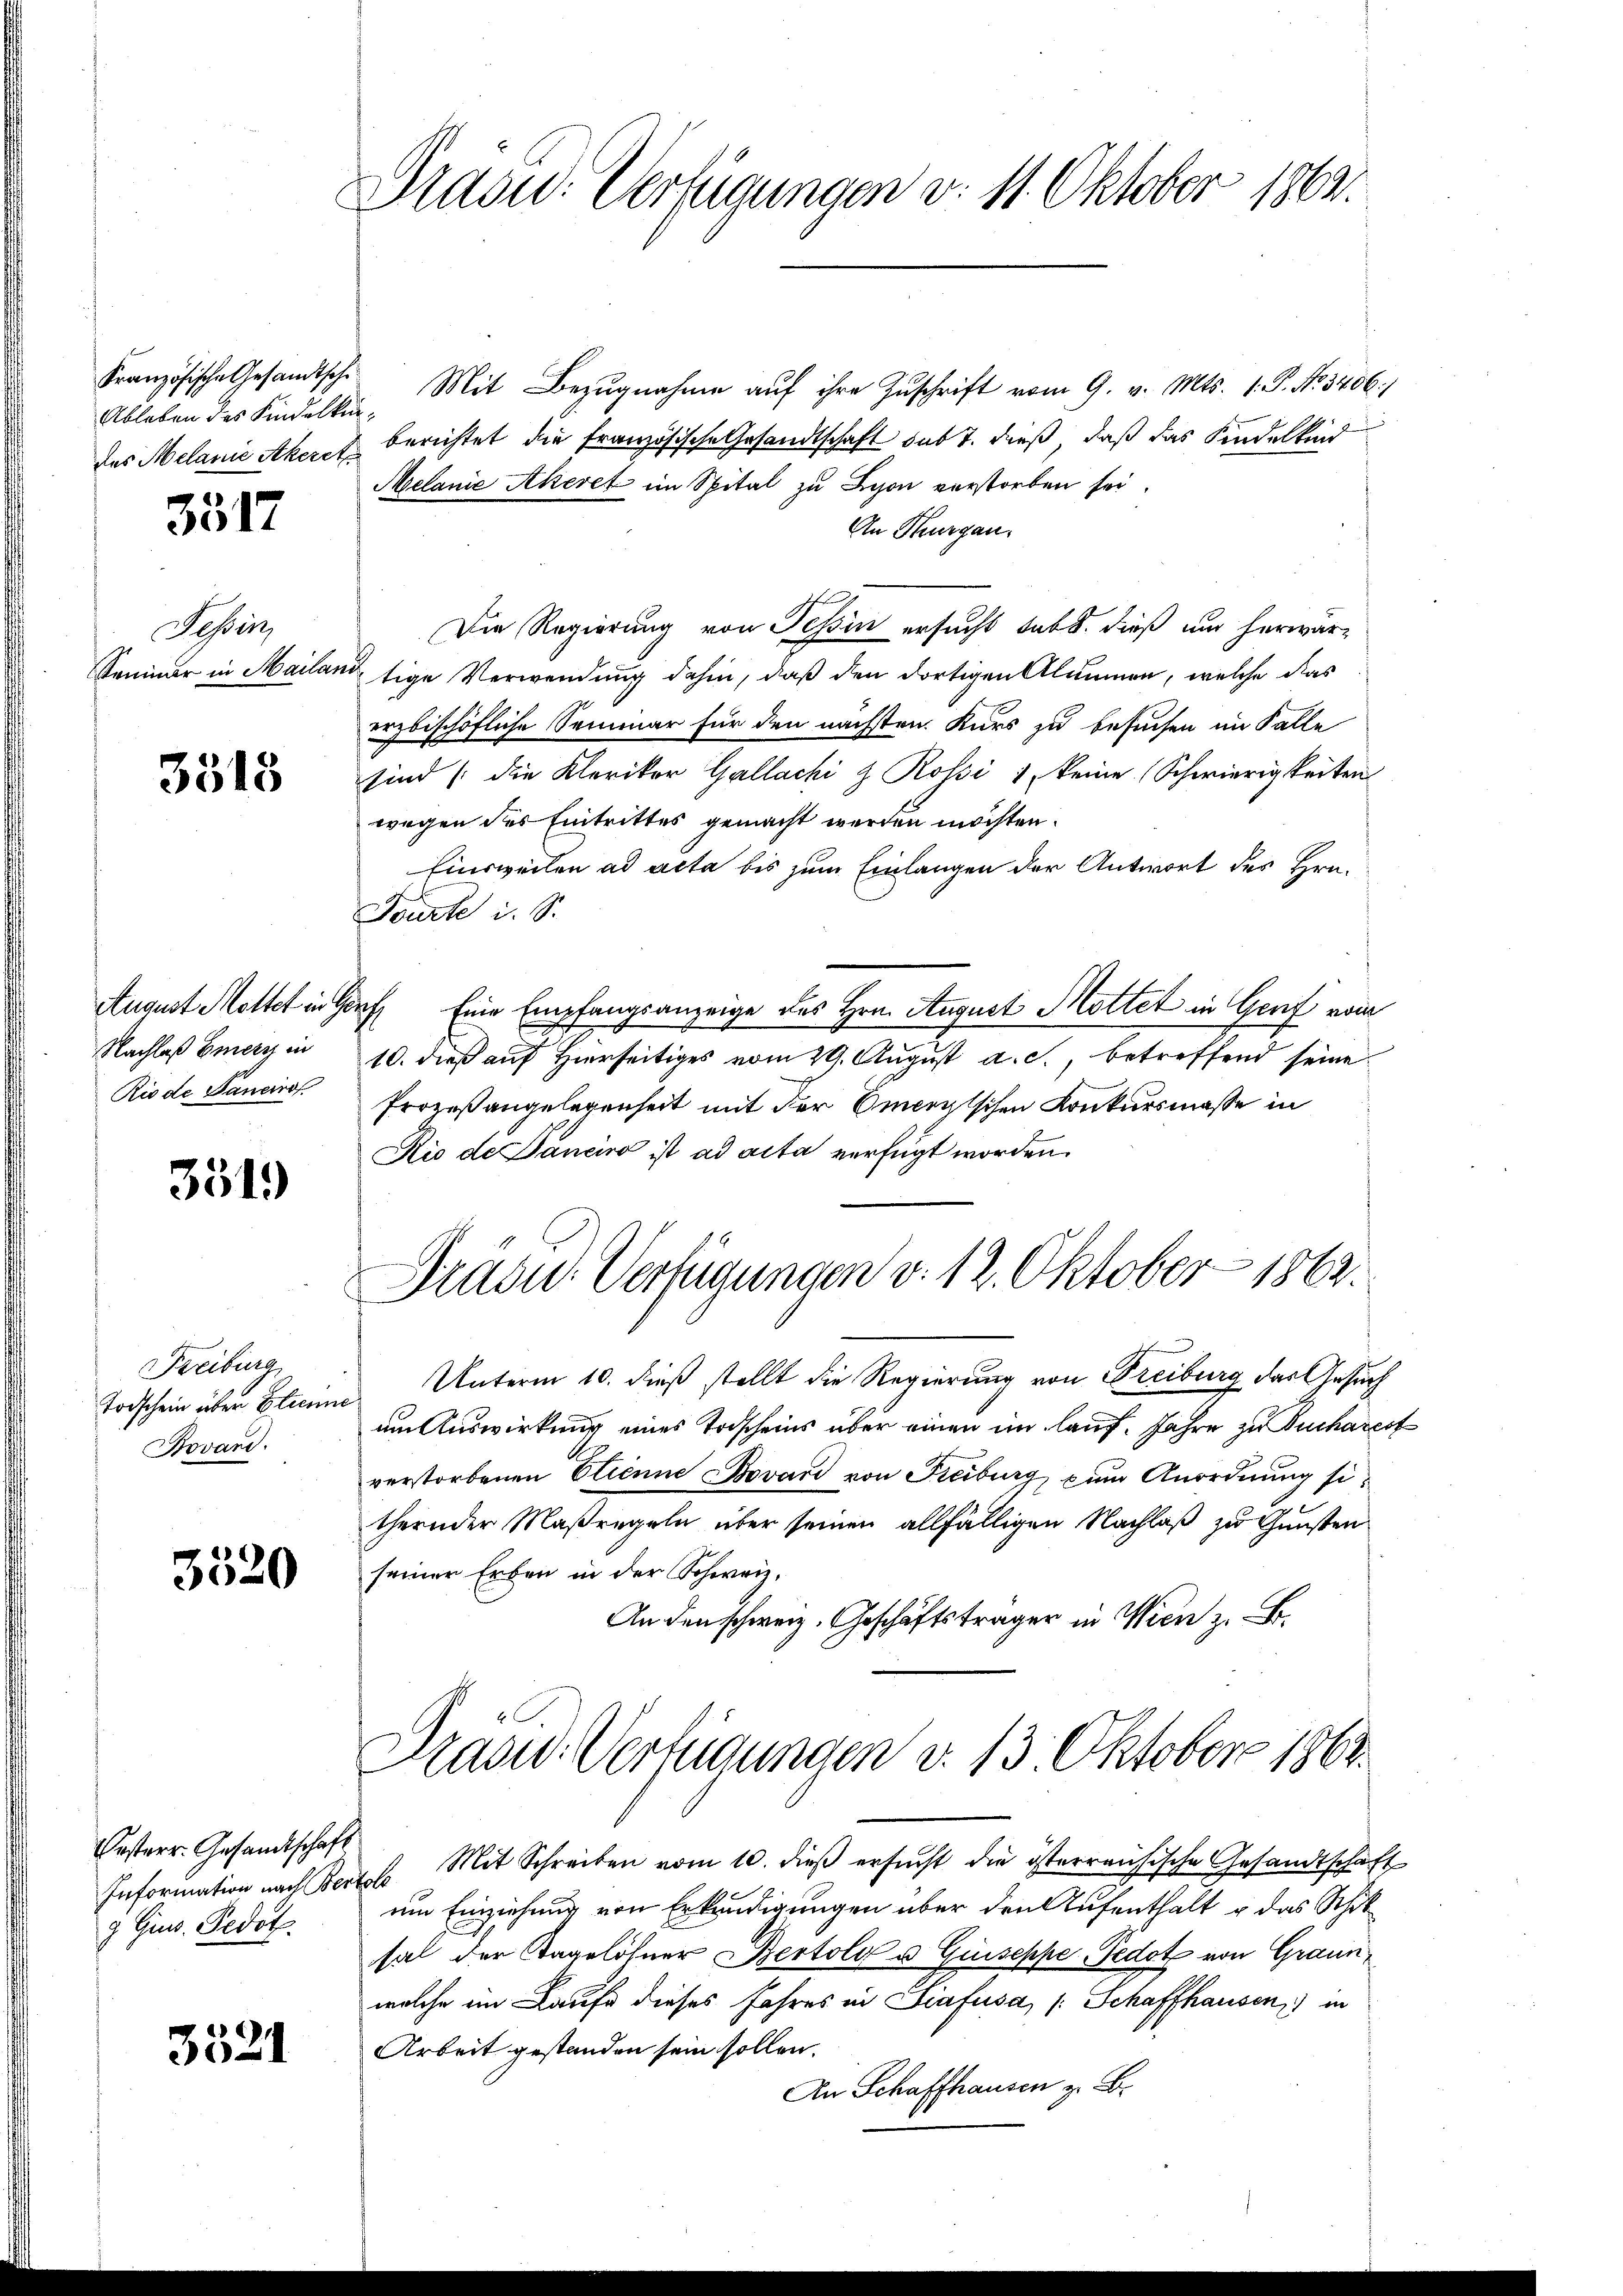
Ableben des Kindelkin¬
Tessin,

3517

3515

Nachlaß Emerz in
Rio de Janeiro

3519)

Freiburg
Todschein über Elienis
Bovand.

3520

Oesterr. Gesandtschaft
g Gius. Fedot

3521

Prasid. Verfügungen v. 11. Oktober 1863.

Französische Gesandtsche Mit Bezŭgnahme aŭf ihre Zŭschrift vom 9. v. Mts. 1. P. Nr. 3406.
des Melanie Akeret berichtet die französische Gesandtschaft sub T. dieß, daß das Kindelkind
Melanie Akeret im Spital zu Lyon verstorben sei.
An Thurgau.
Die Regierung von Tessin ersucht habt. dieß und herwär¬
Sammer in Mailand, tige Verwendung dahin, daß den dortigen Alumnen, welche das
erzbischöfliche Seminar für den nächsten. Kurs zu besuchen im Falle
sind (die Klerikor Gallachi z Rossi 1, keine (Schwierigkeiten
wegen des Eintrittes gemacht werden möchten.
Einsweilen ad acta bis zum Einlangen der Antwort des Hrn.
Fourt i. S.
August Mottet in Genf Eine Empfangsanzeige des Hrn. August Hottet in Genf vom
A
10. dieß auf Hierseitiges vom 29. August a. c., betreffend seine
Prozeßangelegenheit mit der Omerischen Konkursmasse in
Rio de aneiro ist ad acta verfügt worden.
Präsid. Verfügungen v. 12. Oktober 1863.
Unterm 10. dieß stellt die Regierung von Freiburg das Gesuch
am Auswirkung eines Todscheins über einen im lauf. Jahre zu Puchare
verstorbenen Etienne ovard von Freiburg, zum Anordnung sethernder Maßregeln über seinen allfälligen Nachlaß zu Gunsten
seiner Erben in der Schweiz.
An den schweiz. Geschäftsträger in Wien z. B.
Prasid. Verfügungen v. 13. Oktober 1864.
Information nach Bertob Mit Schreiben vom 10. dieβ ersŭcht die österrausische Gesandtschaft
um Einziehung von Erkundigungen über den Aufenthalt u das Schil
sal der Tagelöhner Bertolo u. Guseppe Fedot von Graun,
welche ein Laufe dieses Jahres in Grafusa, /: Schaffhausen) in
Arbeit gestanden sein sollen.
An Schaffhausen z. B.

.